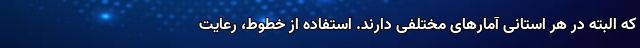
که البته در هر استانی آمارهای مختلفی دارند. استفاده از خطوط، رعایت